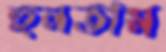
হুনতাম